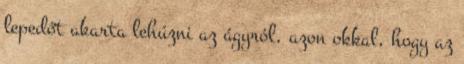
lepedőt akarta lehúzni az ágyról, azon okkal, hogy az